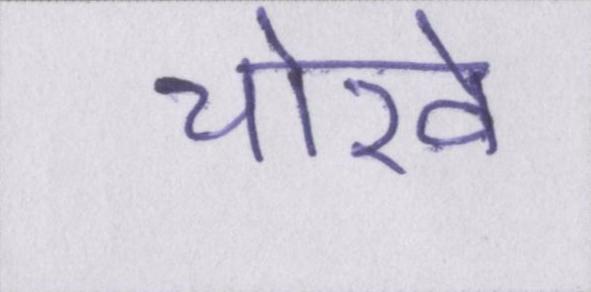
चोखे